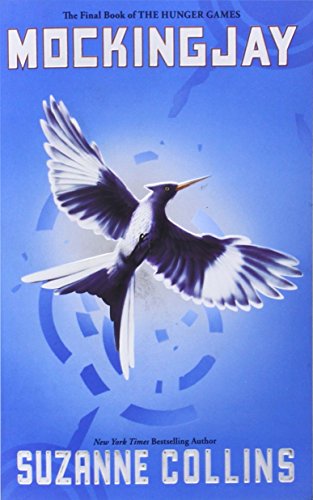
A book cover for Mockingjay (The Hunger Games); Suzanne Collins; Teen & Young Adult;